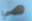
هي